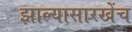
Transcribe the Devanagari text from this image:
झाल्यासारखेंच